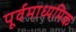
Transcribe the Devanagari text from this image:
पूर्वमाध्यमिक